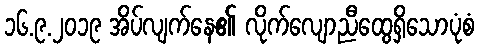
၁၆.၉.၂၀၁၉ အိပ်လျက်နေ၏ လိုက်လျောညီထွေရှိသောပုံစံ